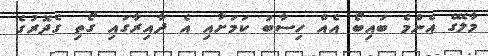
މާލޭގެ އެންމެ ބައިބޯ އެއް ހިސާބު ކަމަށާއި އެ ދާއިރާގައި ގޯތި ގެދޮރުގެ